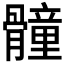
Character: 𩪘